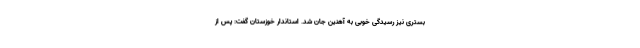
بستری نیز رسیدگی خوبی به آهنین جان شد. استاندار خوزستان گفت: پس از